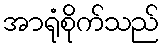
အာရုံစိုက်သည်